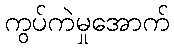
ကွပ်ကဲမှုအောက်